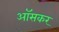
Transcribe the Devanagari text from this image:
ऑसकर